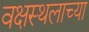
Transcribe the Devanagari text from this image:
वक्षस्थलाच्या